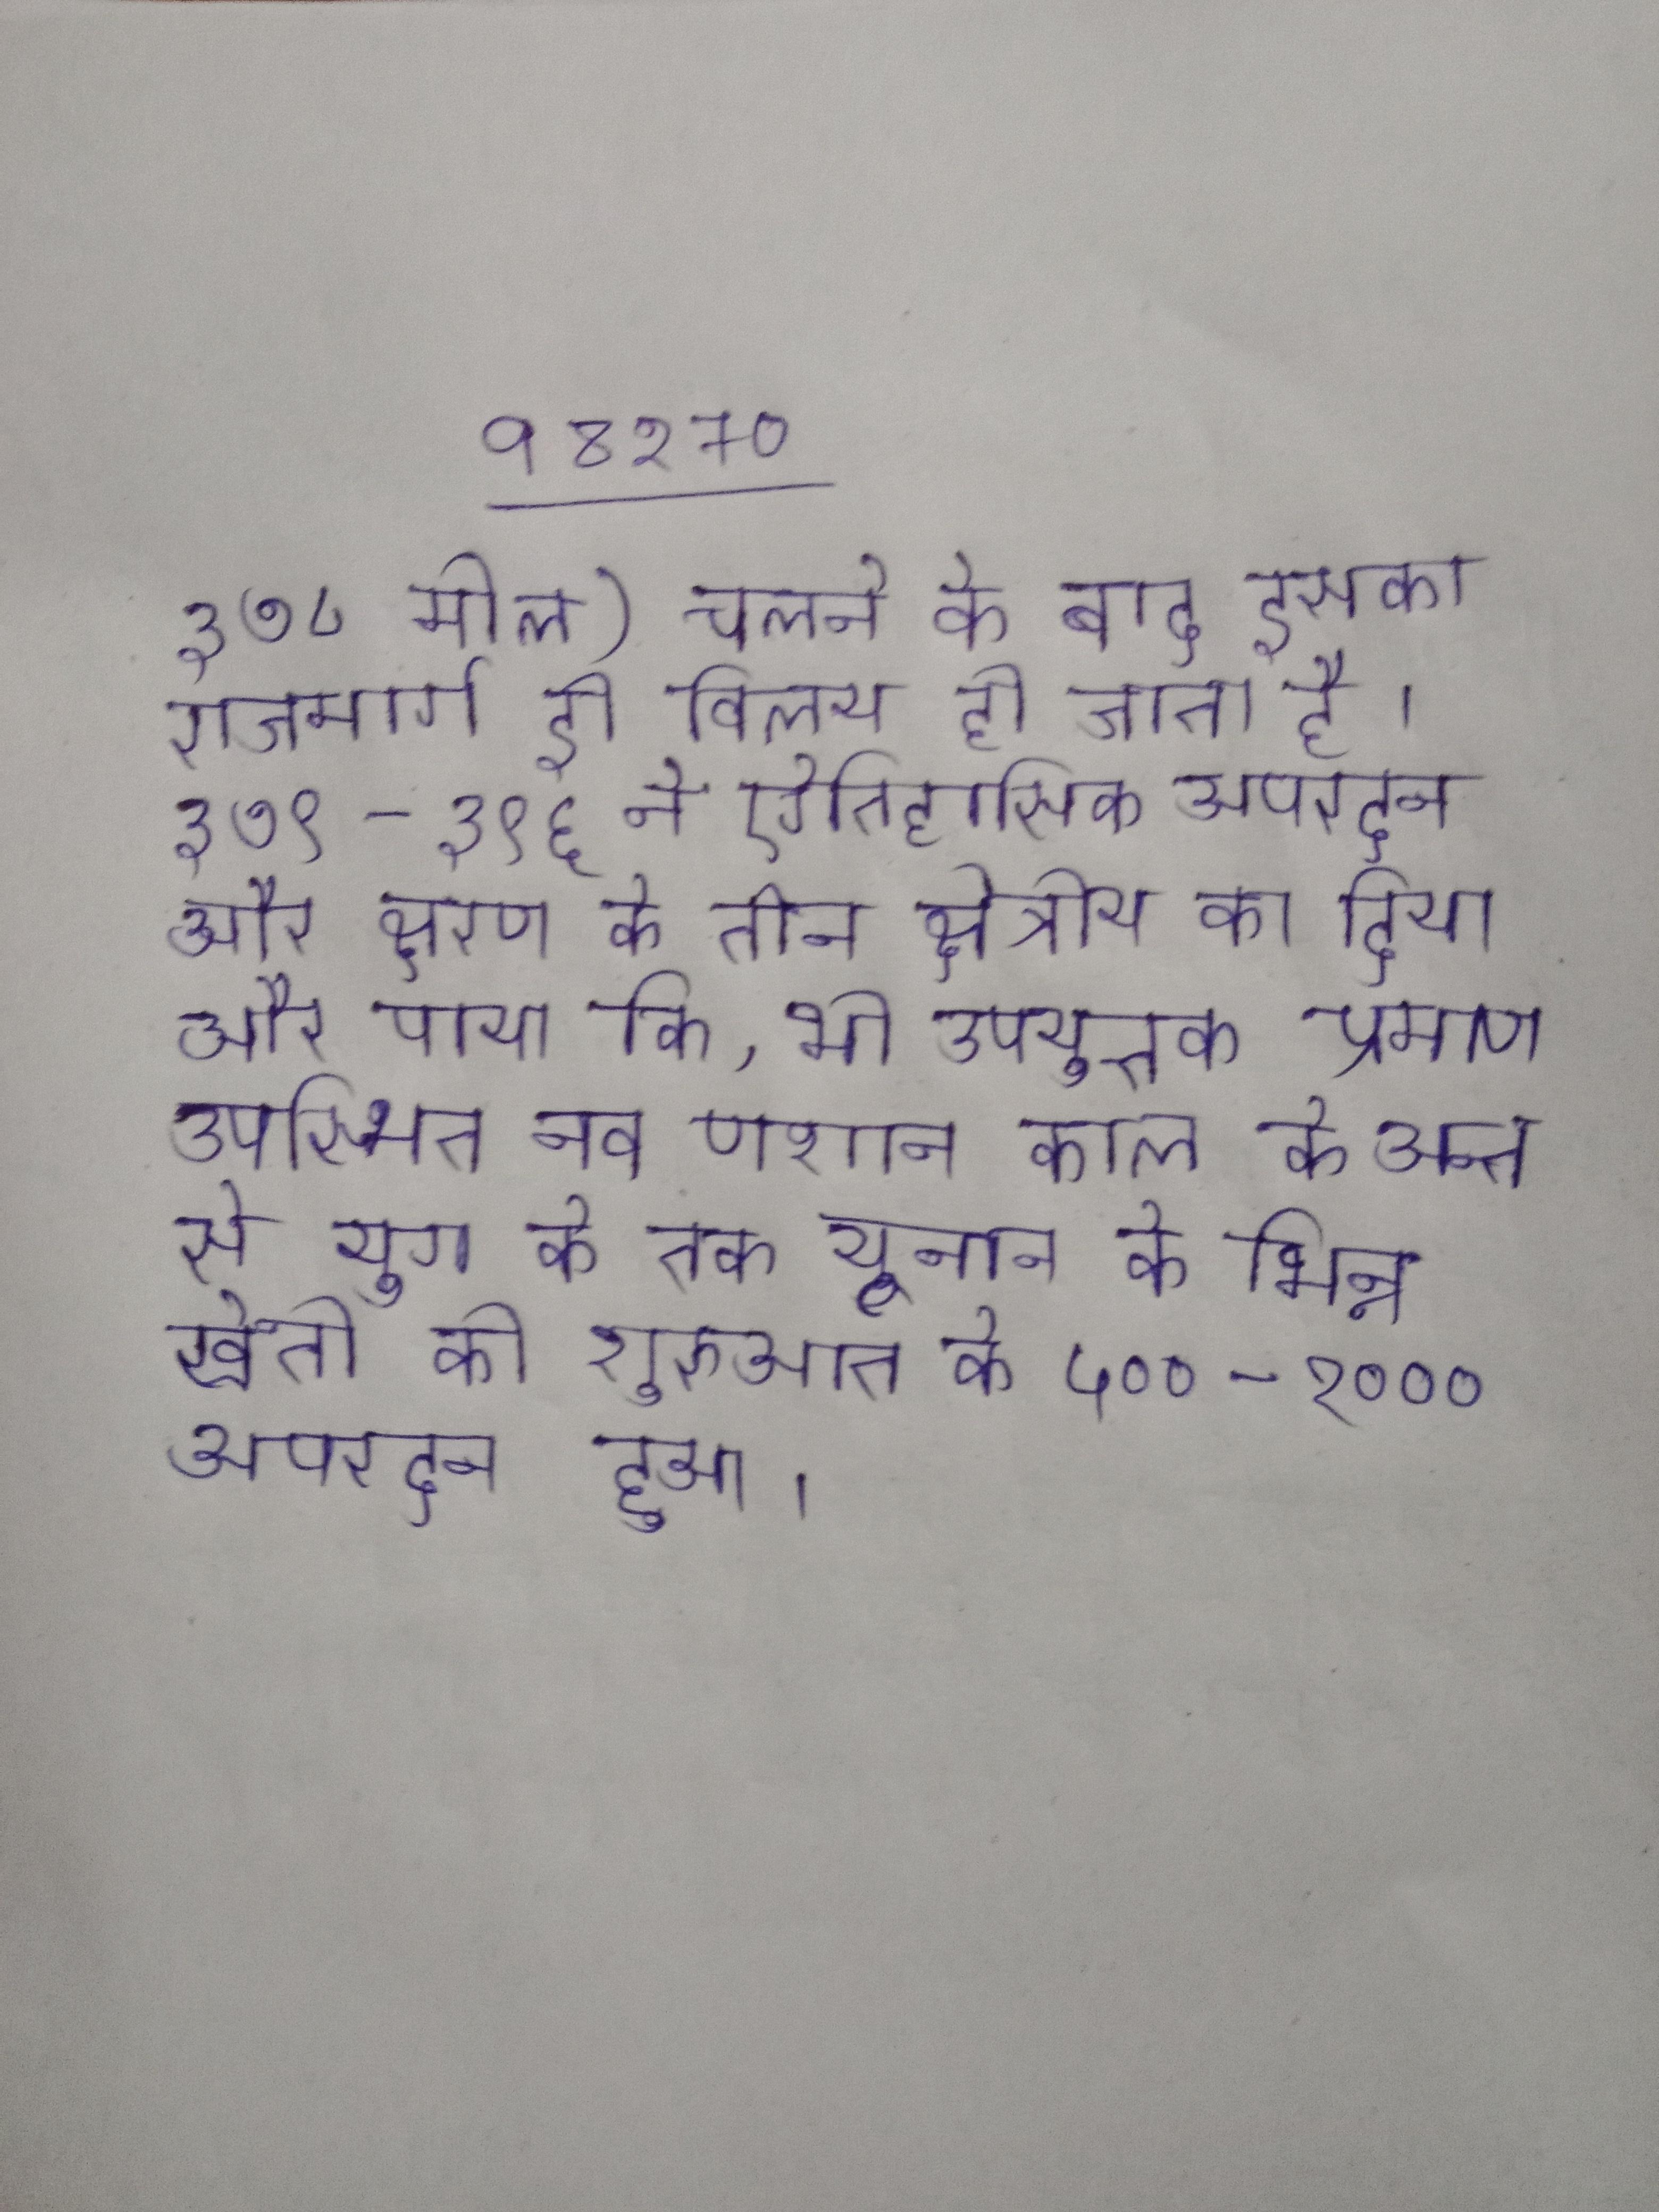
३७८ मील) चलने के बाद इसका राजमार्ग ही विलय हो जाता है । ३७९ -३९६ ने ऐतिहासिक अपरदन और क्षरण के तीन क्षेत्रीय का दिया और पाया कि, भी उपयुक्त प्रमाण उपस्थित नव पाशान काल के अन्त से युग के तक यूनान के भिन्न खेती की शुरुआत के ५००-१००० अपरदन हुआ ।